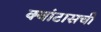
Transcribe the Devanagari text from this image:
क्वांटासची